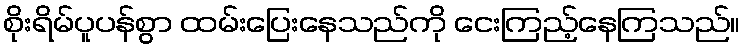
စိုးရိမ်ပူပန်စွာ ထမ်းပြေးနေသည်ကို ငေးကြည့်နေကြသည်။